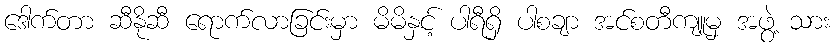
ဒေါက်တာ ဆီနိုဆီ ရောက်လာခြင်းမှာ မိမိနှင့် ပါရီရှိ ပါစချာ အင်စတီကျူမှ အဖွဲ့ သား